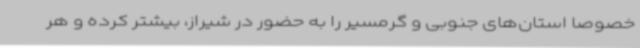
خصوصا استان‌های جنوبی و گرمسیر را به حضور در شیراز، بیشتر کرده و هر